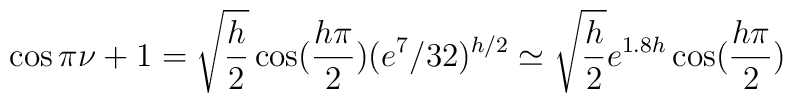
\cos\pi\nu + 1=\sqrt{\frac{h}{2}}\cos(\frac{h\pi}{2})(e^7/32)^{h/2}\simeq\sqrt{\frac{h}{2}}e^{1.8h}\cos(\frac{h\pi}{2})